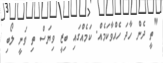
"ތީ ދެން ހާދަ ހެއްވާކަމެއް. ކަމެއްގައި ބިޒީ ވިޔަސް ތި ވަނީ ލޯބި